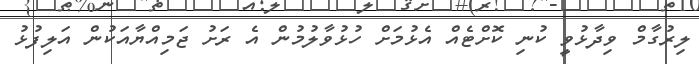
ލިރުގާމް ވިދާޅުވީ ކުނި ކޮށްޓެއް އެޅުމަށް ހުޅުވާލުމުން އެ ރަށު ޖަމިއްޔާއަކުން އަލިފުޅު